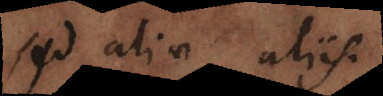
sed aliae aliis